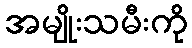
အမျိုးသမီးကို